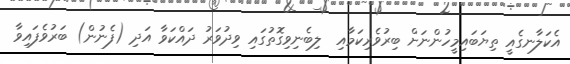
އެކަލާނގެއީ ތިޔަބައިމީހުންނަށް ބިރުވެރިކަމާއި  ލިބެނިވިގޮތުގައި ވިދުވަރު ދައްކަވާ އަދި (ފެނުން) ބަރުވެފައިވާ